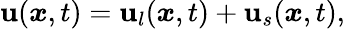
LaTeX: \boldsymbol{{\mathbf{u}}}(\boldsymbol{x},t)=\boldsymbol{{\mathbf{u}}}_{l}(\boldsymbol{x},t)+\boldsymbol{\mathbf{u}}_{s}(\boldsymbol{x},t),